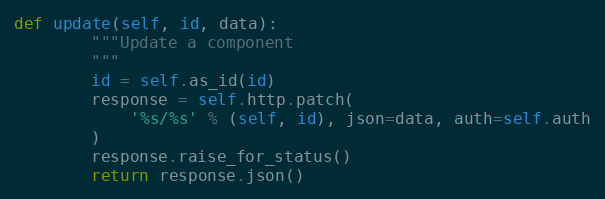
Language: Python
def update(self, id, data):
        """Update a component
        """
        id = self.as_id(id)
        response = self.http.patch(
            '%s/%s' % (self, id), json=data, auth=self.auth
        )
        response.raise_for_status()
        return response.json()